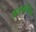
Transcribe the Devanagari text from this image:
शास्त्रोचित